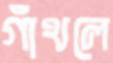
গাঁথলে